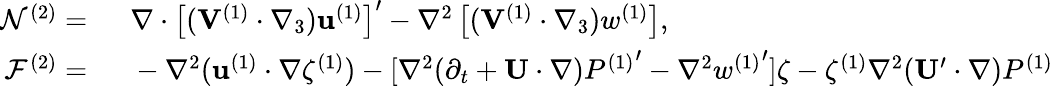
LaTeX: \begin{array}{rl}{\mathcal{N}^{(2)}=~}&{{}\nabla\cdot\left[(\mathbf{V}^{(1)}\cdot\nabla_{3})\mathbf{u}^{(1)}\right]^{\prime}-\nabla^{2}\left[(\mathbf{V}^{(1)}\cdot\nabla_{3})w^{(1)}\right],}\\ {\mathcal{F}^{(2)}=~}&{{}-\nabla^{2}(\mathbf{u}^{(1)}\cdot\nabla\zeta^{(1)})-[\nabla^{2}(\partial_{t}+\mathbf{U}\cdot\nabla){P^{(1)}}^{\prime}-\nabla^{2}w{^{(1)}}^{\prime}]\zeta-\zeta^{(1)}\nabla^{2}(\mathbf{U}^{\prime}\cdot\nabla)P^{(1)}}\end{array}